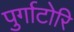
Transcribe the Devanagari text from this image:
पुर्गाटोरि